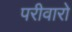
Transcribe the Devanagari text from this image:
परीवारो